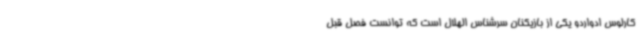
کارلوس ادواردو یکی از بازیکنان سرشناس الهلال است که توانست فصل قبل